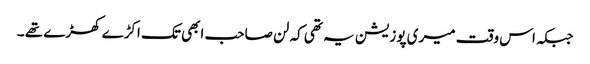
جبکہ اس وقت میری پوزیشن یہ تھی کہ لن صاحب ابھی تک اکڑے کھڑے تھے ۔